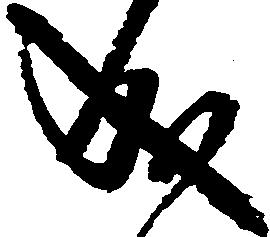
成